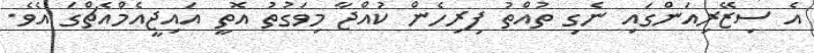
އެ ސިޒޭރިއަންގައި ނެގި ތުއްތު ފިރިހެން ކުއްޖާ މިވަގުތު އޮތީ އައިޖީއެމްއެޗްގަ އެވެ.